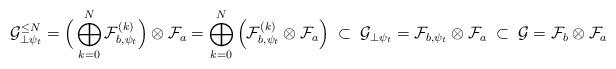
LaTeX: \begin{align*}\mathcal G^{\leq N}_{\perp \psi_t} = \Big( \bigoplus_{k=0}^N \mathcal F_{b,\psi_t}^{(k)} \Big) \otimes \mathcal F_a = \bigoplus_{k=0}^N \Big( \mathcal F_{b,\psi_t}^{(k)} \otimes \mathcal F_a \Big) \; \subset \;\mathcal G_{\perp \psi_t} = \mathcal{F}_{b,\psi_t} \otimes \mathcal{F}_{a}\; \subset \;\mathcal{G} = \mathcal{F}_b \otimes \mathcal{F}_a \end{align*}